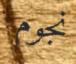
نجوم